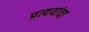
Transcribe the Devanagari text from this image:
प्रत्ययांचा